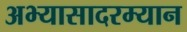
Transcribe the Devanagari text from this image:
अभ्यासादरम्यान